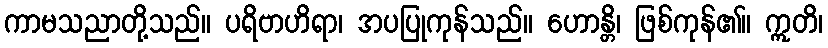
ကာမသညာတို့သည်။ ပရိဗာဟိရာ၊ အပပြုကုန်သည်။ ဟောန္တိ၊ ဖြစ်ကုန်၏။ ဣတိ၊